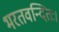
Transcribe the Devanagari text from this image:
भरतवन्दितः।